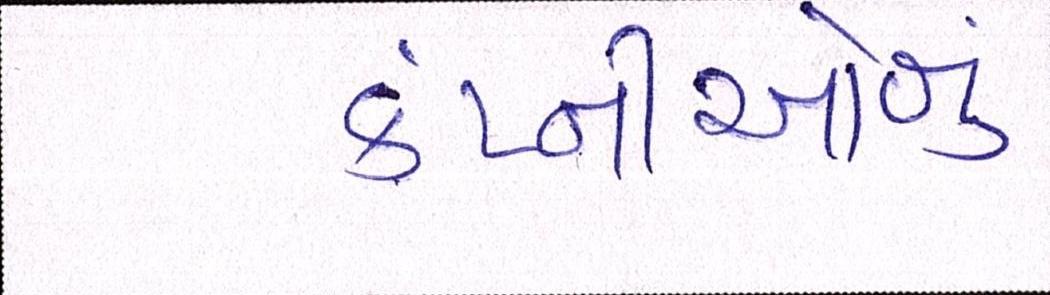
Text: કંપ્નીઓનું